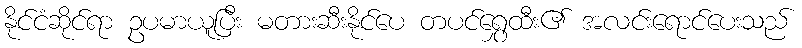
နိုင်ငံဆိုင်ရာ ဥပမာယူပြီး မတားဆီးနိုင်ပေ တပင်ရွှေထီး၏ အလင်းရောင်ပေးသည်